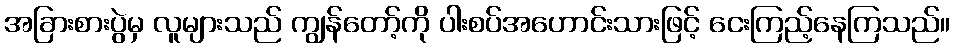
အခြားစားပွဲမှ လူများသည် ကျွန်တော့်ကို ပါးစပ်အဟောင်းသားဖြင့် ငေးကြည့်နေကြသည်။